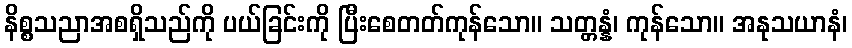
နိစ္စသညာအစရှိသည်ကို ပယ်ခြင်းကို ပြီးစေတတ်ကုန်သော။ သတ္တန္နံ၊ ကုန်သော။ အနုသယာနံ၊